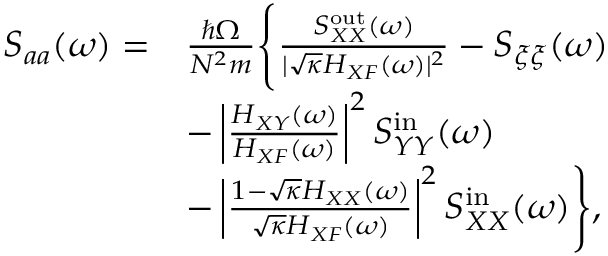
\begin{array} { r l } { S _ { a a } ( \omega ) = } & { \frac { \hbar \Omega } { N ^ { 2 } m } \Bigg \{ \frac { S _ { X X } ^ { \mathrm { o u t } } ( \omega ) } { | \sqrt { \kappa } H _ { X F } ( \omega ) | ^ { 2 } } - S _ { \xi \xi } ( \omega ) } \\ & { - \left| \frac { H _ { X Y } ( \omega ) } { H _ { X F } ( \omega ) } \right| ^ { 2 } S _ { Y Y } ^ { \mathrm { i n } } ( \omega ) } \\ & { - \left| \frac { 1 - \sqrt { \kappa } H _ { X X } ( \omega ) } { \sqrt { \kappa } H _ { X F } ( \omega ) } \right| ^ { 2 } S _ { X X } ^ { \mathrm { i n } } ( \omega ) \Bigg \} , } \end{array}